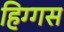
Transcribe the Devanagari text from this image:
हिग्गस